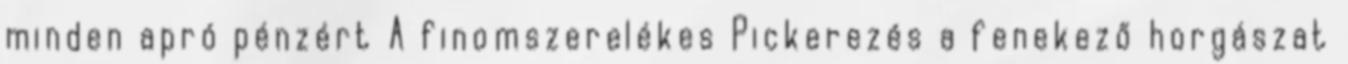
minden apró pénzért A finomszerelékes Pickerezés a fenekező horgászat